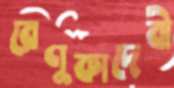
রেণুকাদেবী